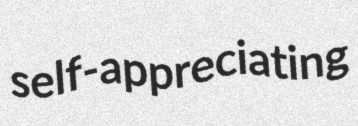
self-appreciating